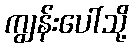
ကျွန်းပေါ်သို့